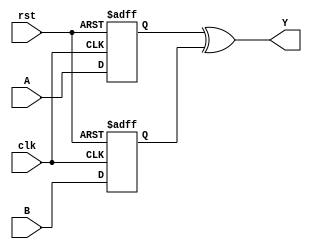
module xor_gate_delay (
    input wire A,
    input wire B,
    input wire clk,
    input wire rst,
    output reg Y
);

reg delayed_A, delayed_B;

always @(posedge clk or posedge rst) begin
    if (rst) begin
        delayed_A <= 1'b0;
        delayed_B <= 1'b0;
    end else begin
        delayed_A <= A;
        delayed_B <= B;
    end
end

always @* begin
    Y = delayed_A ^ delayed_B;
end

endmodule